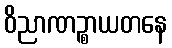
ဝိညာဏဉ္စာယတနေ